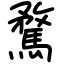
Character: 騖